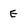
Character: E